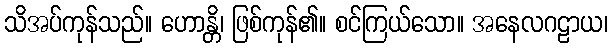
သိအပ်ကုန်သည်။ ဟောန္တိ၊ ဖြစ်ကုန်၏။ စင်ကြယ်သော။ အနေလဂဠာယ၊